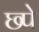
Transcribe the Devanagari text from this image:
छ्पे